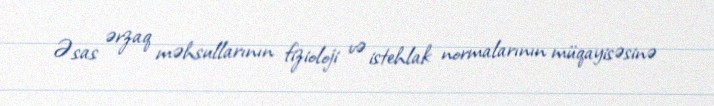
Əsas ərzaq məhsullarının fizioloji və istehlak normalarının müqayisəsinə